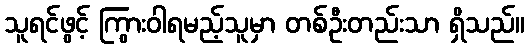
သူရင်ဖွင့် ကြွားဝါရမည့်သူမှာ တစ်ဦးတည်းသာ ရှိသည်။